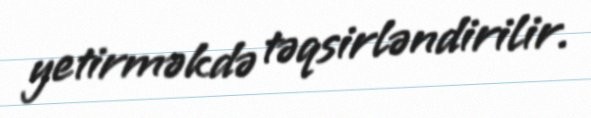
yetirməkdə təqsirləndirilir.